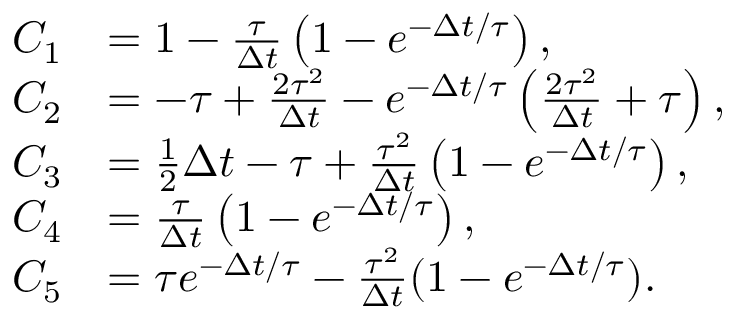
\begin{array} { r l } { C _ { 1 } } & { = 1 - \frac { \tau } { \Delta t } \left( 1 - e ^ { - \Delta t / \tau } \right) , } \\ { C _ { 2 } } & { = - \tau + \frac { 2 \tau ^ { 2 } } { \Delta t } - e ^ { - \Delta t / \tau } \left( \frac { 2 \tau ^ { 2 } } { \Delta t } + \tau \right) , } \\ { C _ { 3 } } & { = \frac 1 2 \Delta t - \tau + \frac { \tau ^ { 2 } } { \Delta t } \left( 1 - e ^ { - \Delta t / \tau } \right) , } \\ { C _ { 4 } } & { = \frac { \tau } { \Delta t } \left( 1 - e ^ { - \Delta t / \tau } \right) , } \\ { C _ { 5 } } & { = \tau e ^ { - \Delta t / \tau } - \frac { \tau ^ { 2 } } { \Delta t } ( 1 - e ^ { - \Delta t / \tau } ) . } \end{array}